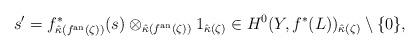
LaTeX: \begin{align*}s' = f^*_{\hat{\kappa}(f^{\mathrm{an}}(\zeta))}(s) \otimes_{\hat{\kappa}(f^{\mathrm{an}}(\zeta))} 1_{\hat{\kappa}(\zeta)} \in H^0(Y, f^*(L))_{\hat{\kappa}(\zeta)} \setminus \{ 0 \},\end{align*}